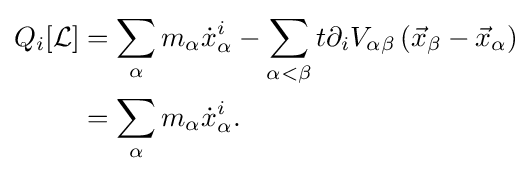
{\begin{aligned}Q_{i}[{\mathcal {L}}]&=\sum _{\alpha }m_{\alpha }{\dot {x}}_{\alpha }^{i}-\sum _{\alpha <\beta }t\partial _{i}V_{\alpha \beta }\left({\vec {x}}_{\beta }-{\vec {x}}_{\alpha }\right)\\&=\sum _{\alpha }m_{\alpha }{\dot {x}}_{\alpha }^{i}.\end{aligned}}